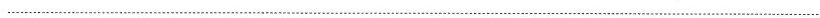
___